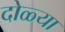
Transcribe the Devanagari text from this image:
दोळ्या